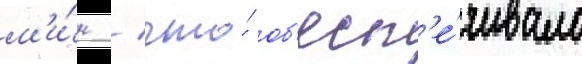
м'и́н / что́ об'есп'е́чивало